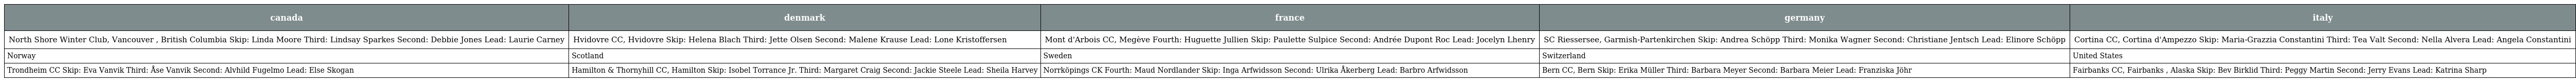
| canada | denmark | france | germany | italy |
 | --- | --- | --- | --- | --- |
 | North Shore Winter Club, Vancouver , British Columbia Skip: Linda Moore Third: Lindsay Sparkes Second: Debbie Jones Lead: Laurie Carney | Hvidovre CC, Hvidovre Skip: Helena Blach Third: Jette Olsen Second: Malene Krause Lead: Lone Kristoffersen | Mont d'Arbois CC, Megève Fourth: Huguette Jullien Skip: Paulette Sulpice Second: Andrée Dupont Roc Lead: Jocelyn Lhenry | SC Riessersee, Garmish-Partenkirchen Skip: Andrea Schöpp Third: Monika Wagner Second: Christiane Jentsch Lead: Elinore Schöpp | Cortina CC, Cortina d'Ampezzo Skip: Maria-Grazzia Constantini Third: Tea Valt Second: Nella Alvera Lead: Angela Constantini |
 | Norway | Scotland | Sweden | Switzerland | United States |
 | Trondheim CC Skip: Eva Vanvik Third: Åse Vanvik Second: Alvhild Fugelmo Lead: Else Skogan | Hamilton & Thornyhill CC, Hamilton Skip: Isobel Torrance Jr. Third: Margaret Craig Second: Jackie Steele Lead: Sheila Harvey | Norrköpings CK Fourth: Maud Nordlander Skip: Inga Arfwidsson Second: Ulrika Åkerberg Lead: Barbro Arfwidsson | Bern CC, Bern Skip: Erika Müller Third: Barbara Meyer Second: Barbara Meier Lead: Franziska Jöhr | Fairbanks CC, Fairbanks , Alaska Skip: Bev Birklid Third: Peggy Martin Second: Jerry Evans Lead: Katrina Sharp |